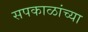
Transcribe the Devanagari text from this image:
सपकाळांच्या